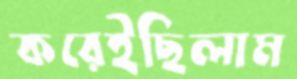
করেইছিলাম